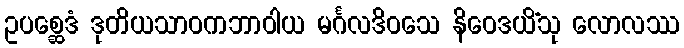
ဥပစ္ဆေဒံ ဒုတိယသာဝကဘာဝါယ မင်္ဂလဒိဝသေ နိဝေဒယိံသု လောလဿ